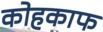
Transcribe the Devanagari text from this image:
कोहकाफ